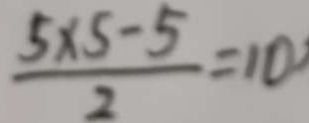
\frac { 5 \times 5 - 5 } { 2 } = 1 0